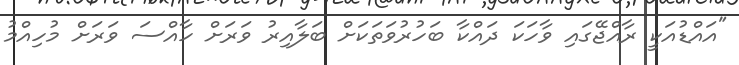
"އައްޑުއަކީ ރާއްޖޭގައި ވާހަކަ ދައްކާ ބަހުރުވަތަކަށް ބަލާއިރު ވަރަށް ހާއްސަ ވަރަށް މުހިއްމު